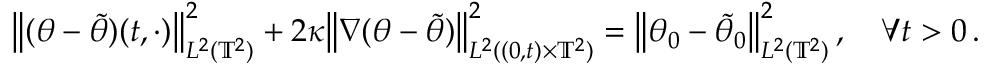
\bigl \| ( \theta - \tilde { \theta } ) ( t , \cdot ) \bigr \| _ { L ^ { 2 } ( \ensuremath { \mathbb { T } } ^ { 2 } ) } ^ { 2 } + 2 \kappa \bigl \| \nabla ( \theta - \tilde { \theta } ) \bigr \| _ { L ^ { 2 } ( ( 0 , t ) \times \ensuremath { \mathbb { T } } ^ { 2 } ) } ^ { 2 } = \bigl \| \theta _ { 0 } - \tilde { \theta } _ { 0 } \bigr \| _ { L ^ { 2 } ( \ensuremath { \mathbb { T } } ^ { 2 } ) } ^ { 2 } \, , \quad \forall t > 0 \, .